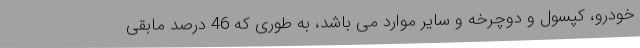
خودرو، کپسول و دوچرخه و سایر موارد می باشد، به طوری که 46 درصد مابقی